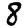
Digit: 8